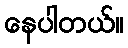
နေပါတယ်။